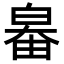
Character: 𤽻